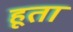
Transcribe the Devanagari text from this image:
हूता